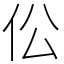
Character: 伀